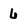
Character: 6